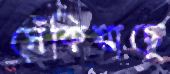
সেঁকিয়াছে